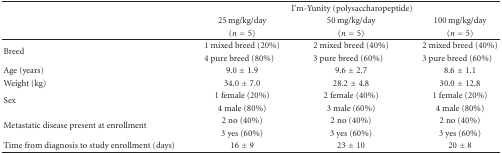
<table><thead><tr><td><b> </b></td><td colspan="3"><b>I&#x27;m-Yunity (polysaccharopeptide)</b></td></tr><tr><td rowspan="2"></td><td><b>25 mg/kg/day</b></td><td><b>50 mg/kg/day</b></td><td><b>100 mg/kg/day</b></td></tr><tr><td><b>(<i>n</i> = 5)</b></td><td><b>(<i>n</i> = 5)</b></td><td><b>(<i>n</i> = 5)</b></td></tr></thead><tbody><tr><td rowspan="2">Breed</td><td>1 mixed breed (20%)</td><td>2 mixed breed (40%)</td><td>2 mixed breed (40%)</td></tr><tr><td>4 pure breed (80%)</td><td>3 pure breed (60%)</td><td>3 pure breed (60%)</td></tr><tr><td>Age (years)</td><td>9.0 ± 1.9</td><td>9.6 ± 2.7</td><td>8.6 ± 1.1</td></tr><tr><td>Weight (kg)</td><td>34.0 ± 7.0</td><td>28.2 ± 4.8</td><td>30.0 ± 12.8</td></tr><tr><td rowspan="2">Sex</td><td>1 female (20%)</td><td>2 female (40%)</td><td>1 female (20%)</td></tr><tr><td>4 male (80%)</td><td>3 male (60%)</td><td>4 male (80%)</td></tr><tr><td rowspan="2">Metastatic disease present at enrollment</td><td>2 no (40%)</td><td>2 no (40%)</td><td>2 no (40%)</td></tr><tr><td>3 yes (60%)</td><td>3 yes (60%)</td><td>3 yes (60%)</td></tr><tr><td>Time from diagnosis to study enrollment (days)</td><td>16 ± 9</td><td>23 ± 10</td><td>20 ± 8</td></tr></tbody></table>